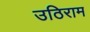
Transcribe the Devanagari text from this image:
उठिराम